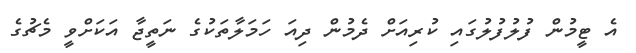
އެ ޓީމުން ފުލުފުލުގައި ކުރިއަށް ދެމުން ދިއަ ހަމަލާތަކުގެ ނަތީޖާ އަކަށްވީ މެޗުގެ